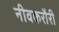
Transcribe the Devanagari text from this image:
नीवकरौरी